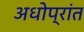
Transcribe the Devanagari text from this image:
अधोप्रांत